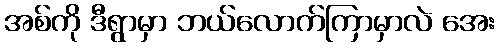
အစ်ကို ဒီရွာမှာ ဘယ်လောက်ကြာမှာလဲ အေး